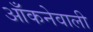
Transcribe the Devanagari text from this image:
आँकनेवाली